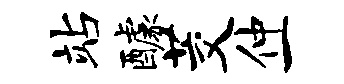
站醵茭仲一